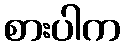
စားပါက